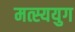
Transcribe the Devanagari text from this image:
मत्स्ययुग